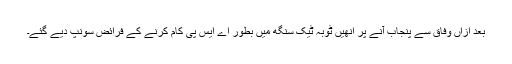
بعد ازاں وفاق سے پنجاب آنے پر انھیں ٹوبہ ٹیک سنگھ میں بطور اے ایس پی کام کرنے کے فرائض سونپ دیے گئے۔